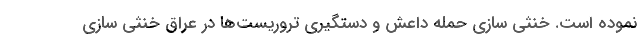
نموده است. خنثی سازی حمله داعش و دستگیری تروریست‌ها در عراق خنثی سازی